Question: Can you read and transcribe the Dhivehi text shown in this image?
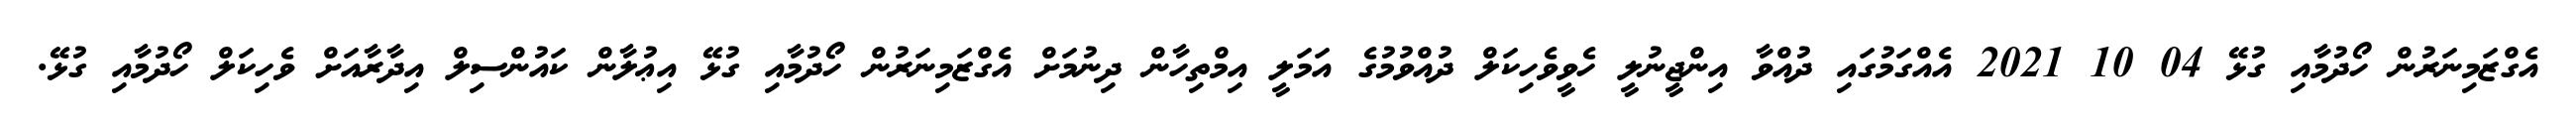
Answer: އެގްޒަމިނަރުން ހޯދުމާއި ގުޅޭ 04 10 2021 އެއްގަމުގައި ދުއްވާ އިންޖީނުލީ ހެވީވެހިކަލް ދުއްވުމުގެ އަމަލީ އިމްތިހާން ދިނުމަށް އެގްޒަމިނަރުން ހޯދުމާއި ގުޅޭ އިޢުލާން ކައުންސިލް އިދާރާއަށް ވެހިކަލް ހޯދުމާއި ގުޅޭ.